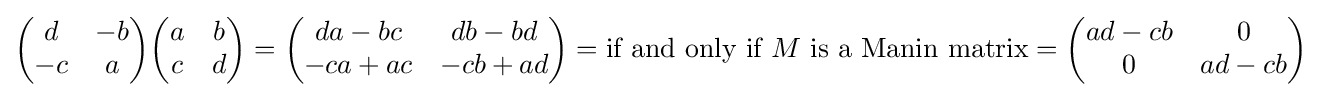
{\begin{pmatrix}d&-b\\-c&a\end{pmatrix}}{\begin{pmatrix}a&b\\c&d\end{pmatrix}}={\begin{pmatrix}da-bc&db-bd\\-ca+ac&-cb+ad\end{pmatrix}}={\text{if and only if }}M{\text{ is a Manin matrix}}={\begin{pmatrix}ad-cb&0\\0&ad-cb\end{pmatrix}}